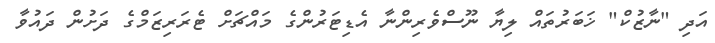
އަދި "ނާޒުކް" ޚަބަރުތައް ލިޔާ ނޫސްވެރިންނާ އެޑިޓަރުންގެ މައްޗަށް ޓެރަރިޒަމްގެ ދަށުން ދައުވާ